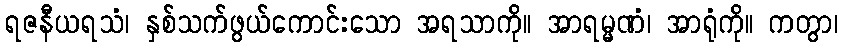
ရဇနီယရသံ၊ နှစ်သက်ဖွယ်ကောင်းသော အရသာကို။ အာရမ္မဏံ၊ အာရုံကို။ ကတွာ၊